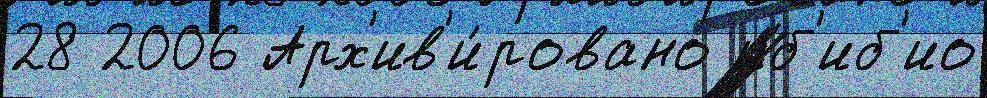
28 2006 Арх'ив'и́ровано иб'иб'ио